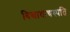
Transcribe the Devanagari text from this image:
विद्यावाचस्‍पति